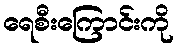
ရေစီးကြောင်းကို